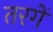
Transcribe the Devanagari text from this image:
तरगें